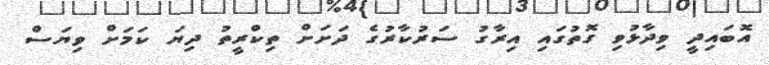
އޮބައިދީ ވިދާޅުވި ގޮތުގައި އިރާގު ސަރުކާރުގެ ދަށަށް ތިކްރީތު ދިޔަ ކަމަށް ވިޔަސް